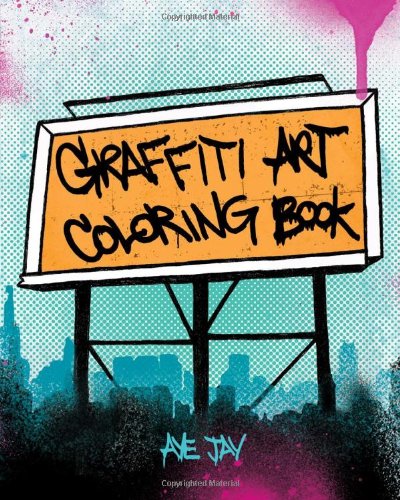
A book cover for Graffiti Art Coloring Book; Aye Jay Morano; Arts & Photography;